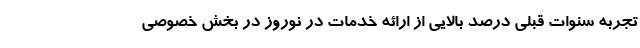
تجربه سنوات قبلی درصد بالایی از ارائه خدمات در نوروز در بخش خصوصی